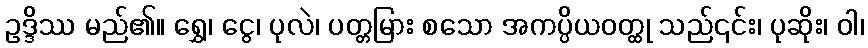
ဥဒ္ဒိဿ မည်၏။ ရွှေ၊ ငွေ၊ ပုလဲ၊ ပတ္တမြား စသော အကပ္ပိယဝတ္ထု သည်၎င်း၊ ပုဆိုး၊ ဝါ၊